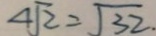
\sqrt [ 4 ] { 2 } = \sqrt { 3 2 } .